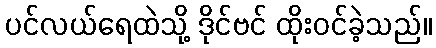
ပင်လယ်ရေထဲသို့ ဒိုင်ဗင် ထိုးဝင်ခဲ့သည်။